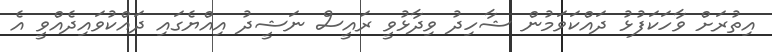
އިތުރަށް ވާހަކަފުޅު ދައްކަވަމުން ޝާހިދު ވިދާޅުވީ ރައީސް ނަޝީދު އިއްޔެގައި ދައްކުވައިދެއްވީ އެ